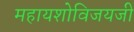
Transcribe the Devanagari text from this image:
महायशोविजयजी